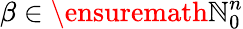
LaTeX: \beta\in\ensuremath{\mathbb{N}}_{0}^{n}